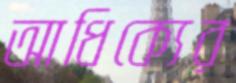
আধিক্যের